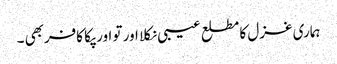
ہماری غزل کا مطلع عیبی نکلا اور تو اور پکا کافربھی ۔